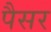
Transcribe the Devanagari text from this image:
पैसर